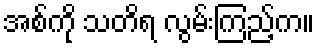
အစ်ကို သတိရ လွမ်းကြည့်က။